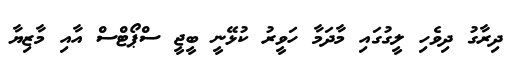
ދިރާގު ދިވެހި ލީގުގައި މާދަމާ ހަވީރު ކުޅޭނީ ބީޖީ ސްޕޯޓްސް އާއި މާޒިޔާ